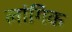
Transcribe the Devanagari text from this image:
लांगिक